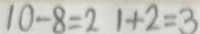
1 0 - 8 = 2 1 + 2 = 3